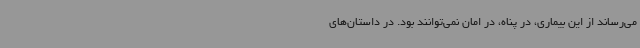
می‌رساند از این بیماری، در پناه، در امان نمی‌توانند بود. در داستان‌های